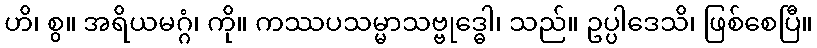
ဟိ၊ စွ။ အရိယမဂ္ဂံ၊ ကို။ ကဿပသမ္မာသဗ္ဗုဒ္ဓေါ၊ သည်။ ဥပ္ပါဒေသိ၊ ဖြစ်စေပြီ။